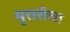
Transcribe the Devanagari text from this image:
मुरारीचा